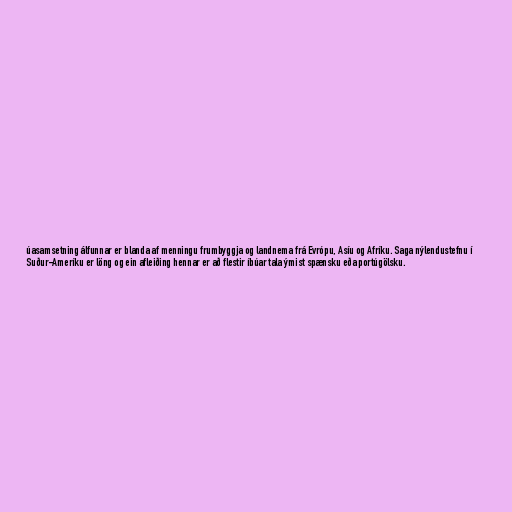
úasamsetning álfunnar er blanda af menningu frumbyggja og landnema frá Evrópu, Asíu og Afríku. Saga nýlendustefnu í
Suður-Ameríku er löng og ein afleiðing hennar er að flestir íbúar tala ýmist spænsku eða portúgölsku.